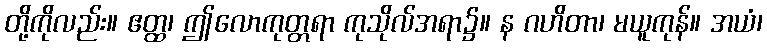
တို့ကိုလည်း။ ဧတ္ထ၊ ဤလောကုတ္တရာ ကုသိုလ်အရာ၌။ န ဂဟိတာ၊ မယူကုန်။ အယံ၊